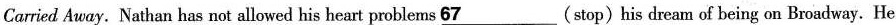
Carried Away. Nathan has not allowed his heart problems \underline{67}(stop)his dream of being on Broadway. He